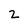
Character: 2